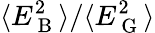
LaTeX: \langle E_{\mathrm{~B~}}^{2}\rangle/\langle E_{\mathrm{~G~}}^{2}\rangle